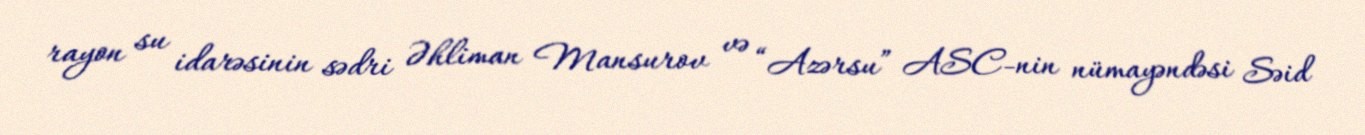
rayon su idarəsinin sədri Əhliman Mansurov və “Azərsu” ASC-nin nümayəndəsi Səid